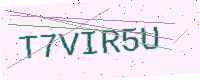
Text: T7VIR5U